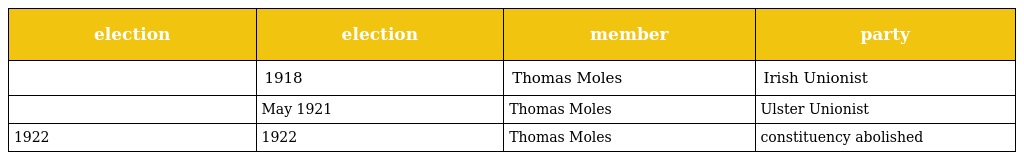
| election | election | member | party |
 | --- | --- | --- | --- |
 |  | 1918 | Thomas Moles | Irish Unionist |
 |  | May 1921 | Thomas Moles | Ulster Unionist |
 | 1922 | 1922 | Thomas Moles | constituency abolished |